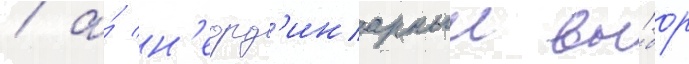
/ а́ н'еорд'инарныи вы́бор